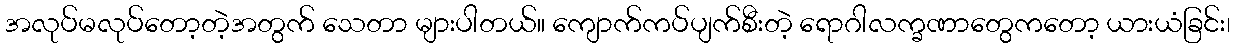
အလုပ်မလုပ်တော့တဲ့အတွက် သေတာ များပါတယ်။ ကျောက်ကပ်ပျက်စီးတဲ့ ရောဂါလက္ခဏာတွေကတော့ ယားယံခြင်း၊